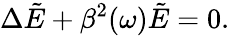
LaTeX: \Delta\tilde{E}+\beta^{2}(\omega)\tilde{E}=0.